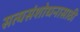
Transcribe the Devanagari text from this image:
सत्यसंशोधनासाठी